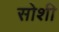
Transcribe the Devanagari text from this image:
सोशी